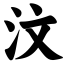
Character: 汶